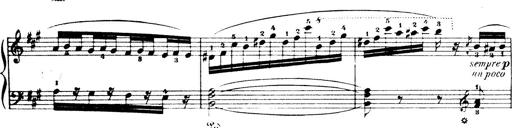
Title: Wagner-Liszt Album
Composer: Franz Liszt